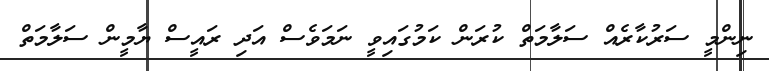
ނިންމީ ސަރުކާރެއް ސަލާމަތް ކުރަން ކަމުގައިވީ ނަމަވެސް އަދި ރައީސް ޔާމީން ސަލާމަތް